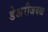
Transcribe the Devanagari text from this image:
डेअरीजवळ